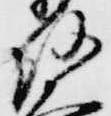
路